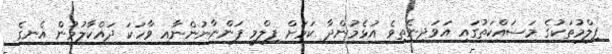
ފިލްމުތަކުގެ މަސައްކަތުގައި އަވަދިނެތިވެ އުޅެމުންދާ ކަމަށް ފިލްމީ ފަންނާނުންނާއި ވާހަކަ ދައްކާލުމުން އެނގެ